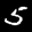
Label: 5